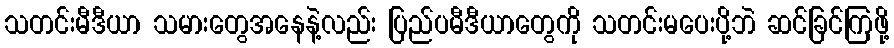
သတင်းမီဒီယာ သမားတွေအနေနဲ့လည်း ပြည်ပမီဒီယာတွေကို သတင်းမပေးပို့ဘဲ ဆင်ခြင်ကြဖို့